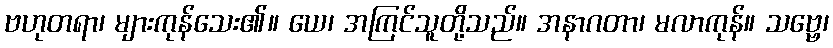
ဗဟုတရာ၊ များကုန်သေး၏။ ယေ၊ အကြင်သူတို့သည်။ အနာဂတာ၊ မလာကုန်။ သဗ္ဗေ၊